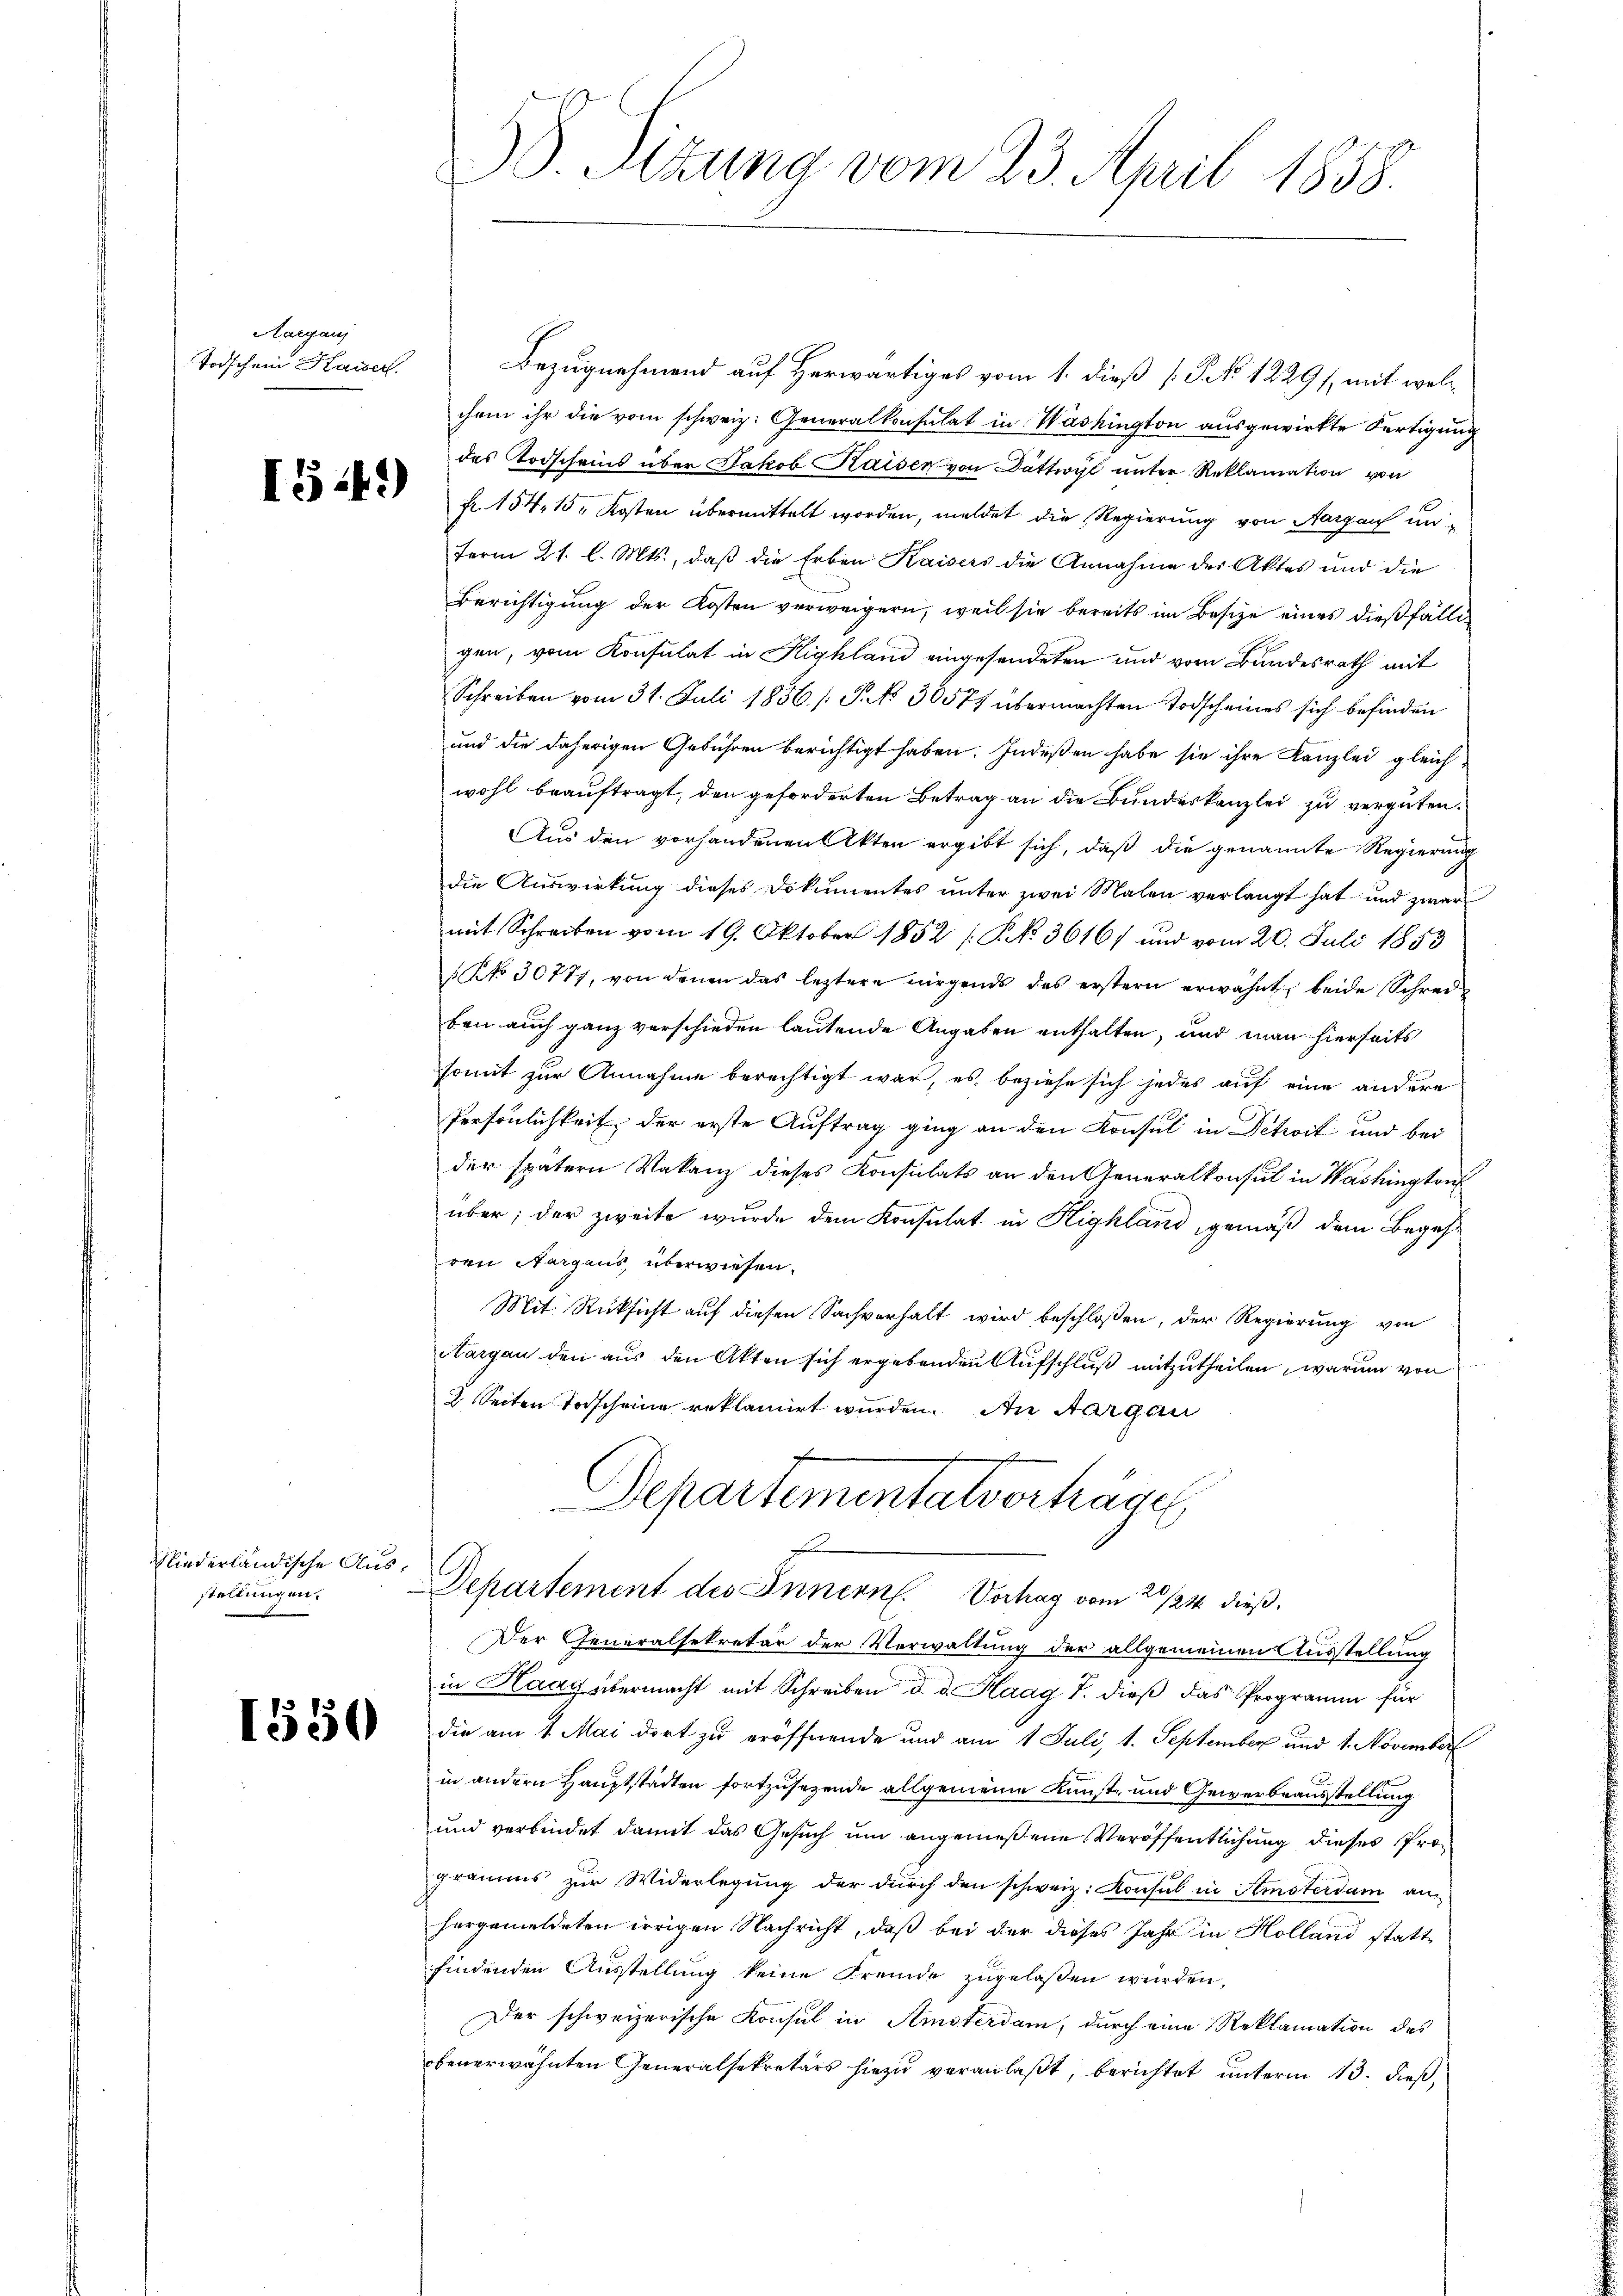
Aargaui
Todschen Kaiser.

IG.12)

Niederländische Ausstellungen.

1550

Bezugnehmend auf Herwärtiges vom 1. dieß [§ 12291, mit welchem ihr die vom schweiz. Generalkonsulat in Washington ausgewirkte Fertigung
des Todscheins über Jakob Kaiser von Dättwyl unter Reklamation von
fr. 154. 15. Kosten übermittelt worden, meldet die Regierung von Aargau unferm 21. l. Mts., daß die Erben Kaisers die Annahme der Aktes und die
Berichtigung der Kosten verweigern, weil sie bereits im Besize eines dießfälligen, vom Konsulat in Highland eingesendeten und vom Bundesrath mit
Schreiben vom 31. Juli 1856. /: P. NNo. 30577 übermachten Todscheines sich befinden
und die daherigen Gebühren berichtigt haben. Indeßen habe sie ihre Kanzlei gleichwohl beauftragt, den geforderten Betrag an die Bundeskanzlei zu vergüten.
Aus den vorhandenen Akten ergibt sich, daß die genannte Regierung
die Auswirkung dieses Dokumentes unter zwei Malen verlangt hat und zwar
mit Schreiben vom 19. Oktober 1852 / P NNo. 36167 und vom 20. Juli 1853
NNo. 30777, von denen das leztere nirgends das erstern erwähnt, beide Schreiben auch ganz verschieden lautende Angaben enthalten, und man hierseits
somit zur Annahme berechtigt war, es beziehe sich jedes auf eine andere
Persönlichkeit der erste Auftrag ging an den Konsul in Schoit und bei
der spätern Vakanz dieses Konsulats an den Generalkonsul in Washington
über; der zweite wurde dem Konsulat in Highland, gemäß dem Begehren Nargaus, überwiesen.
Mit Rücksicht auf diesen Sachverhalt wird beschloßen, der Regierung von
Aargau den aus den Akten sich ergebenden Aufschluß mitzutheilen, warum von
2 Seiten Todscheine reklamirt wurden. An Aargau
h
Departementalvorträge
Departement des Innern Verhag vom 20./21. dieß.
Der Generalsekretär der Verwaltung der allgemeinen Ausstellung
in Hady übermacht mit Schreiben d. d. Haag 7. dieß das Programm für
die am 1. Mai dort zu eröffnende und am 1. Juli, 1. September und 1. November
in andern Hauptstadten fortzusetzende allgemeine Kunst- und Gewerbeausstellung
und verbindet damit das Gesuch um angemeßene Veröffentlichung dieses Programms zŭr Widerlegŭng der dŭrch den schweiz. Konsul in Amsterdam an
hergemeldeten irrigen Nachricht, daß bei der dieses Jahr in Holland stattfindenden Ausstellung keine Fremde zugelassen würden,
Der schweizerische Konsul in Amsterdam, durch eine Reklamation des
obenerwähnten Generalsekretärs hiezu veranlaßt, berichtet unterm 13. dieß,

58. Sizung vom 23. April 1858.